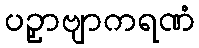
ပဉှာဗျာကရဏံ